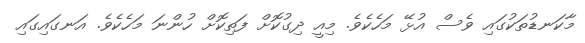
މާކަނޑުތަކުގައި ވެސް އުޅޭ މަހެކެވެ. މިއީ ދިގުކޮށް ފަތިކޮށް ހުންނަ މަހެކެވެ. އަނގައިގައި